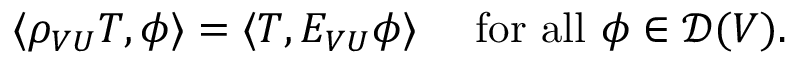
\qquad \langle \rho _ { V U } T , \phi \rangle = \langle T , E _ { V U } \phi \rangle \quad { \mathrm { ~ f o r ~ a l l ~ } } \phi \in { \mathcal { D } } ( V ) .